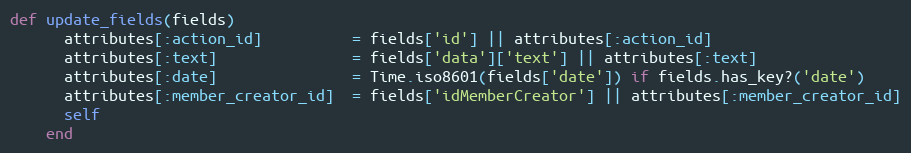
Language: Ruby
def update_fields(fields)
      attributes[:action_id]          = fields['id'] || attributes[:action_id]
      attributes[:text]               = fields['data']['text'] || attributes[:text]
      attributes[:date]               = Time.iso8601(fields['date']) if fields.has_key?('date')
      attributes[:member_creator_id]  = fields['idMemberCreator'] || attributes[:member_creator_id]
      self
    end